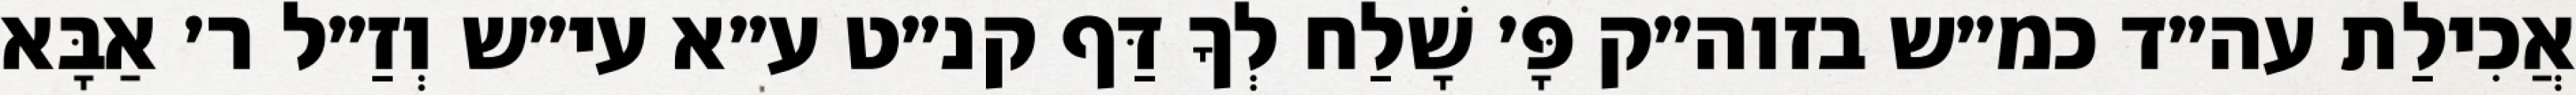
אֲכִילַת עה״ד כמ״ש בזוה״ק פָּ׳ שָׁלַח לְךָ דַּף קנ״ט ע״א עי״ש וְזַ״ל ר׳ אַבָּא